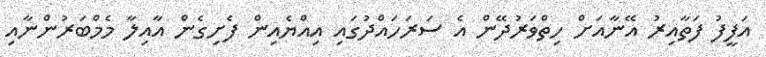
އަފީފު ފަތާއިރު އޭނާއަށް ހިތްވަރުދޭން އެ ސަރަހައްދުގައި އިއްޔެއިން ފެށިގެން އާއިލާ މެމްބަރުންނާއި